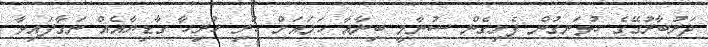
ދަރުބާރުގޭގެ ހުޅަނގުން ފެށިގެން ސުނާމީ ބިނާއާ ހަމައަށް ހުރި ހުރިހާ ގާޑިޔާއެއް ނަގާފައިވާ